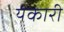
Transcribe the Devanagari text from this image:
यंकारी